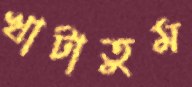
খাটাতুম